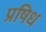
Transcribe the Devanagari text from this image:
प्रषिध